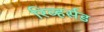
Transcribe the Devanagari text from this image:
रिव्हर्सड